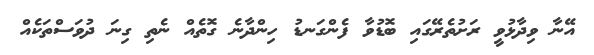
އޭނާ ވިދާޅުވީ ރަށުތެރޭގައި ބޮޑުވާ ފެންގަނޑު ހިންދާނެ ގޮތެއް ނެތި ގިނަ ދުވަސްތަކެއް